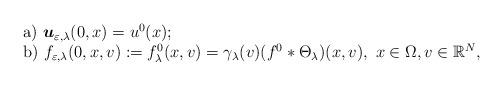
LaTeX: \begin{align*}\begin{array}{l}\mbox{a) }\boldsymbol{u}_{\varepsilon ,\lambda }(0,x)=u^{0}(x); \\ \mbox{b) }f_{\varepsilon ,\lambda }(0,x,v):=f_{\lambda }^{0}(x,v)=\gamma_{\lambda }(v)(f^{0}\ast \Theta _{\lambda })(x,v),\ x\in \Omega ,v\in \mathbb{R}^{N},\end{array}\end{align*}